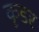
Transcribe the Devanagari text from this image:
कृडर